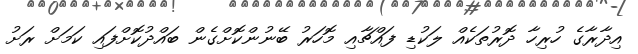
އިދާރާގެ ހުރިހާ ދޮރުތަކެއް ލަކުޑި ފައްޗާއި މޮހަރު ބޭނުންކޮށްގެން ބައްދުކޮށްފައި ކަމަށް ރަށު